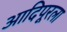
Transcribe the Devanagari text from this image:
आदिपूरला